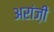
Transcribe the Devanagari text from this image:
अरांज़ी